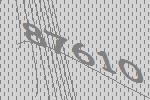
87610